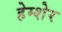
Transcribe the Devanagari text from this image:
हेम्शेर